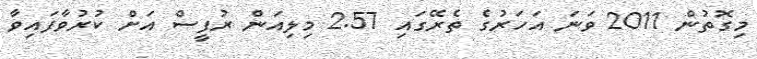
މިގޮތުން 2011 ވަނަ އަހަރުގެ ތެރޭގައި 2.57 މިލިއަން ރުފީސް އަށް ކުރުވާފައިވާ